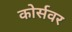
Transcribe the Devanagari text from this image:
कोर्सवर